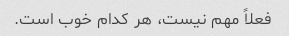
فعلاً مهم نیست، هر کدام خوب است.